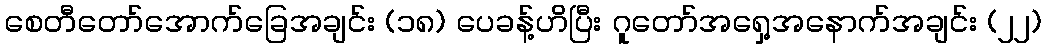
စေတီတော်အောက်ခြေအချင်း (၁၈) ပေခန့်ဟိပြီး ဂူတော်အရှေ့အနောက်အချင်း (၂၂)